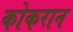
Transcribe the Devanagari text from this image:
कोकरान